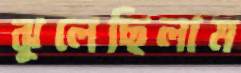
ঝুলেছিলাম